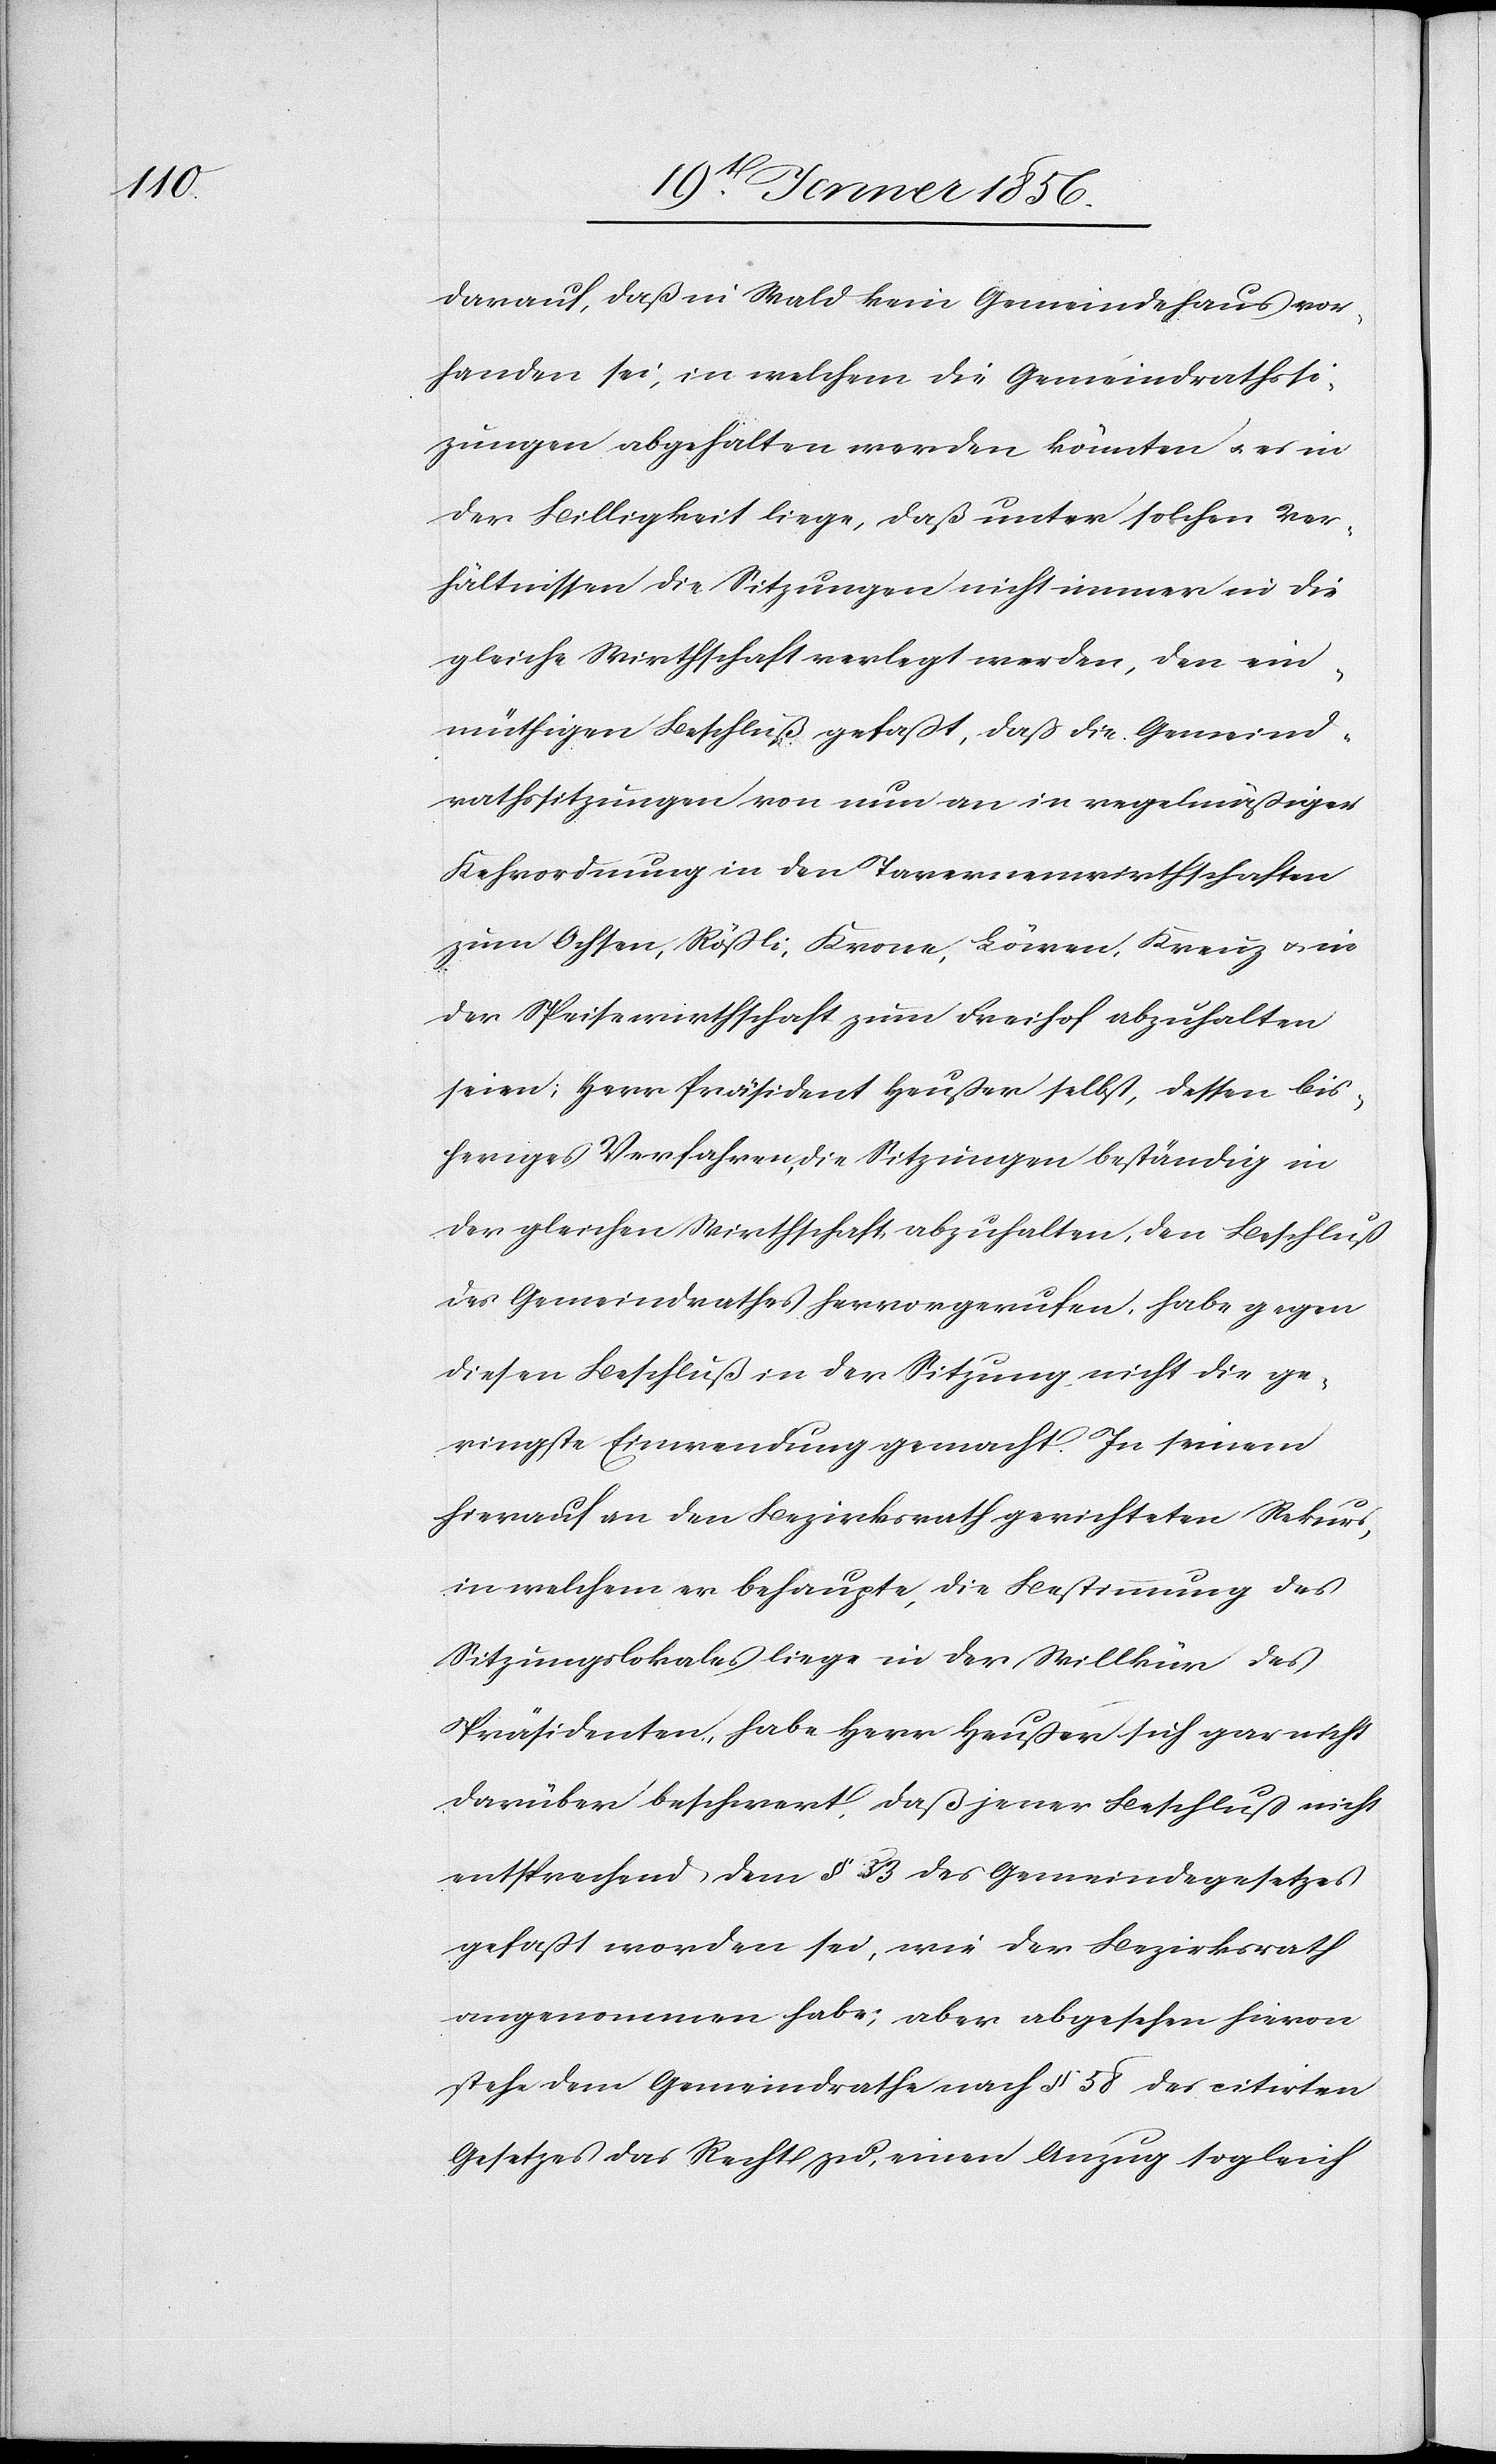
darauf, daß in Wald kein Gemeindehaus vor¬
handen sei, in welchem die Gemeindrathssit¬
zungen abgehalten werden könnten u. es in
der Billigkeit liege, daß unter solchen Ver¬
hältnissen die Sitzungen nicht immer in die
gleiche Wirthschaft verlegt werden, den ein¬
müthigen Beschluß gefaßt, daß die Gemeind¬
rathssitzungen von nun an in regelmäßiger
Kehrordnung in den Tavernenwirthschaften
zum Ochsen, Rößli, Krone, Löwen, Kreuz u. in
der Speisewirtschaft zum Freihof abzuhalten
seien; Herr Präsident Heußer selbst, dessen bis¬
heriges Verfahren, die Sitzungen beständig in
der gleichen Wirthschaft abzuhalten, den Beschluß
des Gemeindrathes hervorgerufen, habe gegen
diesen Beschluß in der Sitzung nicht die ge¬
ringste Einwendung gemacht. In seinem
hiernach an den Bezirksrath gerichteten Rekurs,
in welchem er behaupte, die Bestimmung des
Sitzungslokales liege in der Willkür des
Präsidenten, habe Herr Heußer sich gar nicht
darüber beschwert, daß jener Beschluß nicht
entsprechend dem § 33 des Gemeindegesetzes
gefaßt worden sei, wie der Bezirksrath
angenommen habe; aber abgesehen hievon
stehe dem Gemeindrathe nach § 58 des citirten
Gesetzes das Recht zu, einen Anzug sogleich